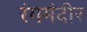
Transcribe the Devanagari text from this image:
रंगमंदीर